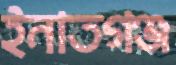
ইনাতগঞ্জ